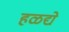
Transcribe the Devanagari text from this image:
हळद्ये